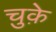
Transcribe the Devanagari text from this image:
चुक़े